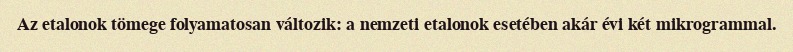
Az etalonok tömege folyamatosan változik: a nemzeti etalonok esetében akár évi két mikrogrammal.